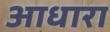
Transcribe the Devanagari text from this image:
आधारा